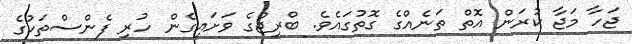
ޖަހާ މަޖާ ކުރަން އޮތް ތަނެއްގެ ގޮތުގައެވެ. ބްރިޖްގެ ވަށައިގެން ހުރި ފެންސްތަކުގެ